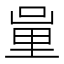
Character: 𨤦